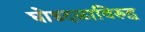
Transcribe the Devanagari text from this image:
घोडदळाविरुद्ध